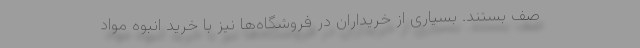
صف بستند. بسیاری از خریداران در فروشگاه‌ها نیز با خرید انبوه مواد